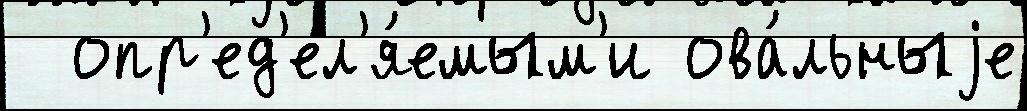
  опр'ед'ел'я́емым'и ова́льныjе